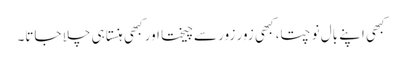
کبھی اپنے بال نوچتا، کبھی زور زور سے چیختا اور کبھی ہنستا ہی چلا جاتا۔